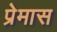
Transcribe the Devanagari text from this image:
प्रेमास